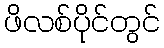
ဖိလစ်ပိုင်တွင်